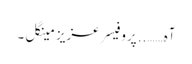
آہ…….. پروفیسر عزیز مینگل ۔